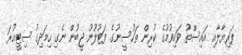
ފަރިޔާލާއި އައިސްތު ވަކިވުމުގެ ކުރިން ތަހުސީނުގެ ފަޓުލޫނު ޖީބުން ނެގި ހިމަދިގު ސިޓީއުރަ